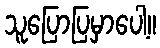
သူပြောပြမှာပေါ့။